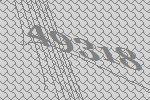
49318